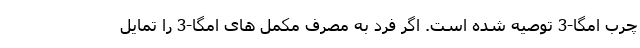
چرب امگا-3 توصیه شده است. اگر فرد به مصرف مکمل های امگا-3 را تمایل